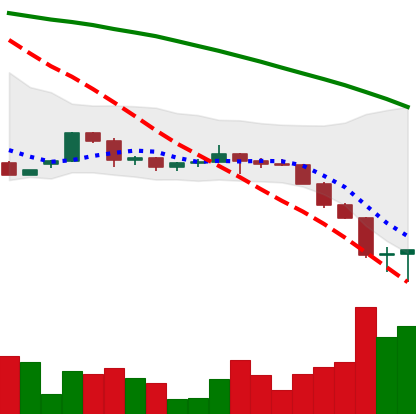
Ticker: ETH-USD
Chart end date: 2022-06-15
Forward return: -8.56%
Label: down_7plus